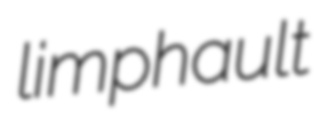
limphault